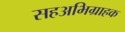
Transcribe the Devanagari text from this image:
सहअभिग्राहक